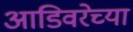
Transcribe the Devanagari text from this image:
आडिवरेच्या